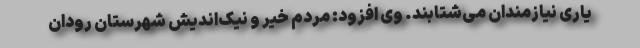
یاری نیازمندان می‌شتابند. وی افزود: مردم خیر و نیک‌اندیش شهرستان رودان